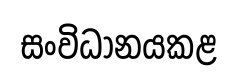
සංවිධානයකළ